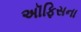
અૉફિસના